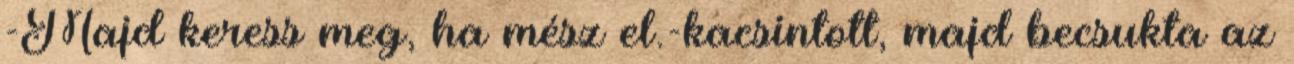
-Majd keress meg, ha mész el.-kacsintott, majd becsukta az